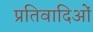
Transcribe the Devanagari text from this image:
प्रतिवादिओं